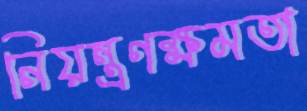
নিয়ন্ত্রণক্ষমতা